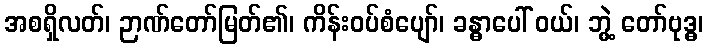
အစရှိလတ်၊ ဉာဏ်တော်မြတ်၏၊ ကိန်းဝပ်စံပျော်၊ ခန္ဓာပေါ် ဝယ်၊ ဘွဲ့ တော်ဗုဒ္ဓ၊